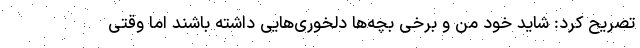
تصریح کرد: شاید خود من و برخی بچه‌ها دلخوری‌هایی داشته باشند اما وقتی